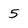
Character: 5